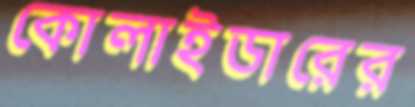
কোলাইডারের